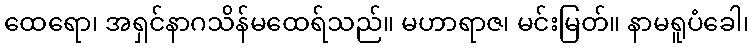
ထေရော၊ အရှင်နာဂသိန်မထေရ်သည်။ မဟာရာဇ၊ မင်းမြတ်။ နာမရူပံခေါ၊